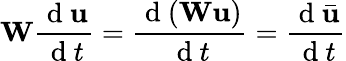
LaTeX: \mathbf{W}\frac{\mathrm{~d~}\mathbf{u}}{\mathrm{~d~}t}=\frac{\mathrm{~d~}(\mathbf{W}\mathbf{u})}{\mathrm{~d~}t}=\frac{\mathrm{~d~}\bar{\mathbf{u}}}{\mathrm{~d~}t}